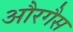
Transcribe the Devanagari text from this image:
औरगैस